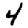
Digit: 4